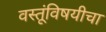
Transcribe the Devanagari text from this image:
वस्तूंविषयीचा